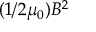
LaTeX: ( 1 / 2 \mu _ { 0 } ) B ^ { 2 }